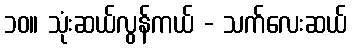
၁၀။ သုံးဆယ်လွန်ကယ် - သက်လေးဆယ်